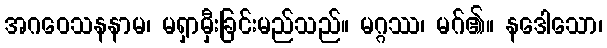
အဂဝေသနနာမ၊ မရှာမှီးခြင်းမည်သည်။ မဂ္ဂဿ၊ မဂ်၏။ နဒေါသော၊